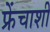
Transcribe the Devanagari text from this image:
फ्रेंचाशी